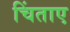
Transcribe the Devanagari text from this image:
चिंताए